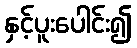
နှင့်ပူးပေါင်း၍